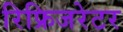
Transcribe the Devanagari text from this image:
रिफ्रिजरेटर